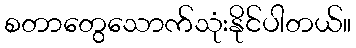
စတာတွေသောက်သုံးနိုင်ပါတယ်။